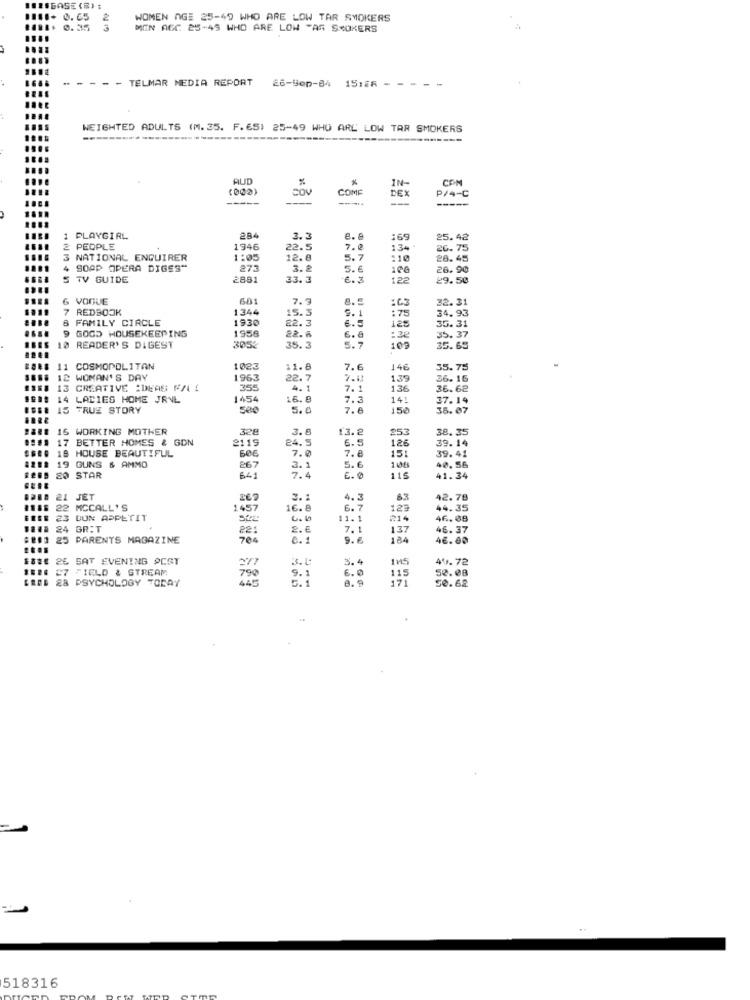
.. ESSASE (R) :
1110+ 0. 65
WOMEN AGE 25-49 WHO ARE LOW TAR SMOKERS
0.35
3
MEN AGC 25-45 WHO ARE LOW "AR SMOKERS
- TELMAR MEDIA REPORT
26-Sep-84 15:26
WEIGHTED ADULTS (M. 35. F. 65) 25-49 WHO ARL' LOW TAR SMOKERS
AUD
%
COM
(002)
COM
COME
IN-
P/4-C
-----
DEX
-----
1 PLAYGIRL
284
3.3
169
25.42
PEOPLE
1946
22.5
7.2
134
26.75
3 NATIONAL ENQUIRER
1:05
12.8
5.7
:10
28.45
SOAP OPERA DIGES"
273
3.8
5.6
26.90
5 TV GUIDE
2881
33. 3
€. 3
122
29.50
6 VOGUE
601
7.
8. 5
32.31
REDBOOK
1344
15.3
5. 1
34.93
& FAMILY CIRCLE
1930
82.3
:75
25
9 GOOD HOUSEKEEPING
1958
6.5
35.31
22.6
6.8
35.37
10 READER'S DIGEST
3052
35.3
5.7
109
35.65
11 COSMOPOLITAN
1023
11.8
7.6
146
35.75
12 WOMAN'S DAY
1963
22.7
7.1
139
36. 16
13
CREATIVE IDEAS FILI
355
4. 1
7.1
136
36.62
14 LADIES HOME JRNL
1454
16.8
7.3
141
37.19
15 TRUE STORY
Seg
5.c
7.8
150
35.07
IS WORKING MOTHER
328
3.6
13.2
253
38. 35
17 BETTER HOMES & GDN
2119
24.5
6.5
126
39.14
19 HOUSE BEAUTIFUL
БОЕ
7.0
7.8
15:
39.41
19 GUNS & AMMO
267
20 STAR
3.1
5.6
106
40.56
641
7.4
E. 0
115
41.34
21 JET
3.
4.3
42.78
22 MCCALL'S
1457
16.8
6.7
123
44.35
23 DUN APPETIT
11.1
214
46.08
24 BRIT
221
2.6
7.1
137
46.37
25 PARENTS MAGAZINE
704
C. 1
9.6
184
46. 80
26 SAT EVENING POST
3.4
40.72
27 FIELD & STREAM
9.
52.08
PSYCHOLOGY TODAY
790
5.1
6.0
8.9
115
171
50.62
518316